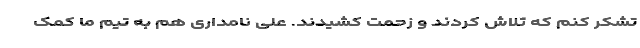
تشکر کنم که تلاش کردند و زحمت کشیدند. علی نامداری هم به تیم ما کمک